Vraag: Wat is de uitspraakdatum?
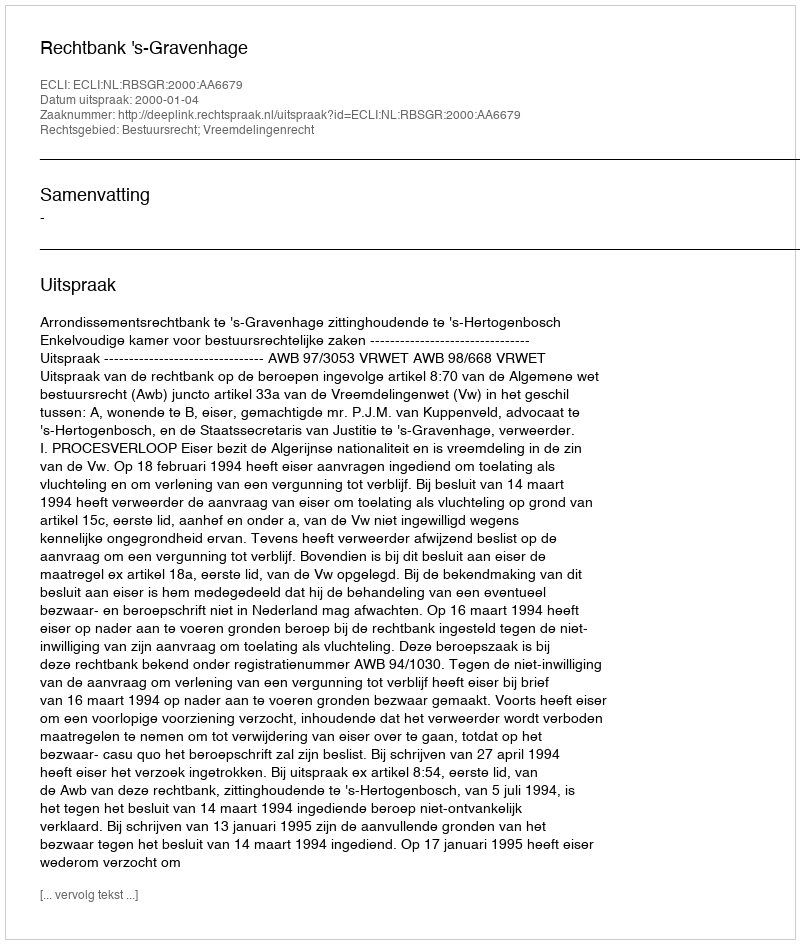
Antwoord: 2000-01-04